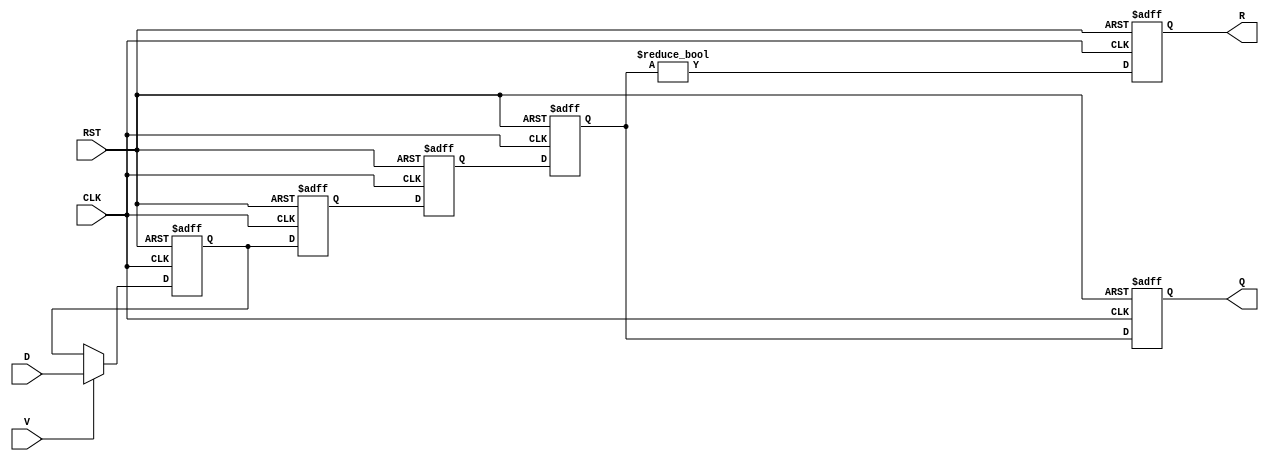
module PipelineBuffer #(
    parameter STAGES = 4,       // Number of pipeline stages
    parameter DATA_WIDTH = 8    // Width of the data input
)(
    input wire [DATA_WIDTH-1:0] D, // Data input
    input wire CLK,                 // Clock signal
    input wire RST,                 // Asynchronous reset signal
    input wire V,                   // Valid signal
    output reg [DATA_WIDTH-1:0] Q,  // Data output
    output reg R                    // Ready signal
);

    // Create an array of registers to hold the pipeline stages
    reg [DATA_WIDTH-1:0] buffer[0:STAGES-1];

    integer i;

    // Asynchronous reset and data latching on clock edge
    always @(posedge CLK or posedge RST) begin
        if (RST) begin
            // On reset, clear all stages
            for (i = 0; i < STAGES; i = i + 1) begin
                buffer[i] <= 0;
            end
            Q <= 0;
            R <= 0; // Set Ready signal to low
        end else begin
            // Shift data through the pipeline
            if (V) begin
                buffer[0] <= D; // Latch incoming data if valid
            end
            
            // Shift the data in the pipeline
            for (i = 1; i < STAGES; i = i + 1) begin
                buffer[i] <= buffer[i-1];
            end
            
            // Update output from the last stage
            Q <= buffer[STAGES-1];
            R <= (buffer[STAGES-1] != 0); // Set Ready if the last stage has valid data
        end
    end
endmodule